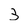
Character: 3